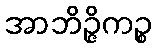
အာဘိဉ္ဇိကဉ္စ